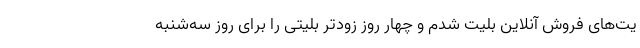
یت‌های فروش آنلاین بلیت شدم و چهار روز زودتر بلیتی را برای روز سه‌شنبه